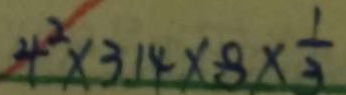
4 ^ { 2 } \times 3 1 4 \times 8 \times \frac { 1 } { 3 }